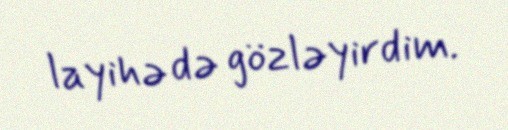
layihə də gözləyirdim.